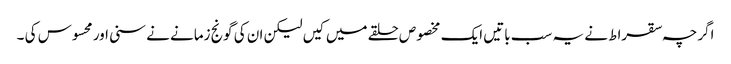
اگرچہ سقراط نے یہ سب باتیں ایک مخصوص حلقے میں کیں لیکن ان کی گونج زمانے نے سنی اور محسوس کی ۔